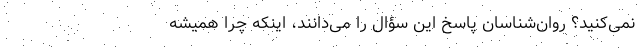
نمی‌کنید؟ روان‌شناسان پاسخ این سؤال را می‌دانند، اینکه چرا همیشه